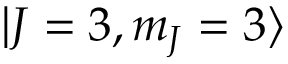
\mathinner { | { J = 3 , m _ { J } = 3 } \rangle }